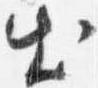
出